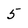
Character: 5